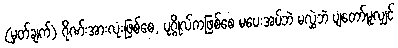
(မှတ်ချက်) ဂိုဏ်းအားလုံးဖြစ်စေ, ပုဂ္ဂိုလ်ကဖြစ်စေ မပေးအပ်ဘဲ မလွှဲဘဲ ပျံတော်မူလျှင်